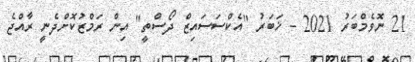
21 ނޮވެމްބަރު 2021 - ޚަބަރު "އެކްސަސައިޒް ދޯސްތީ" އިން ރަމްޒުކޮށްދެނީ ރާއްޖެ